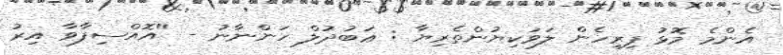
އެންމެ މޮޅު ފިރިހެން ލަވަކިޔުންތެރިޔާ : ޢަބުދުލް ހަންނާނު - ''އޮއްސިފާވާ އިރު